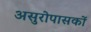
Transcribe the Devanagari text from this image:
असुरोपासकों